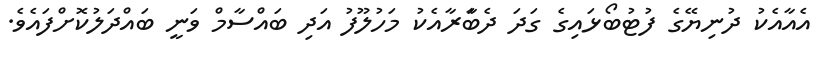
އެއާއެކު ދުނިޔޭގެ ފުޓުބޯޅައިގެ ގަދަ ދެބަާރާއެކު މަހުލޫފު އަދި ބައްސާމް ވަނީ ބައްދަލުކޮށްފައެވެ.